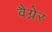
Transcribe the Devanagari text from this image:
वैग्नेर